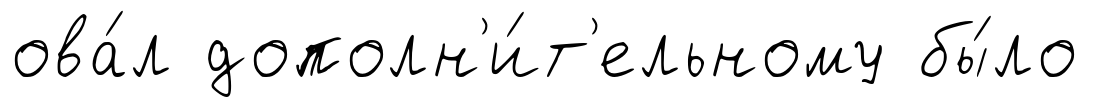
ова́л дополн'и́т'ельному бы́ло